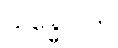
သန္ဓောဝတိ